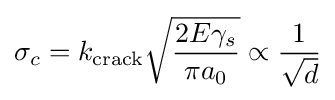
\sigma _{c}=k_{\text{crack}}{\sqrt {\frac {2E\gamma _{s}}{\pi a_{0}}}}\propto {\frac {1}{\sqrt {d}}}